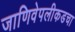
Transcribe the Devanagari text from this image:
जाणिवेपलीकडचा